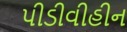
પીડીવીહીન